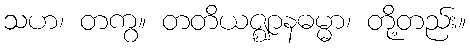
သဟ၊ တကွ။ တတိယဇ္ဈာနဓမ္မာ၊ တို့တည်း။